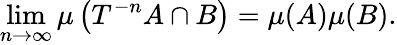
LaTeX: \operatorname*{lim}_{n\to\infty}\mu\left(T^{-n}A\cap B\right)=\mu(A)\mu(B).